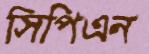
সিপিএন